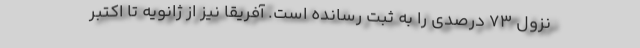
نزول ۷۳ درصدی را به ثبت رسانده است. آفریقا نیز از ژانویه تا اکتبر